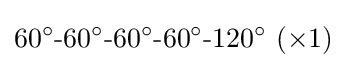
60^{\circ }{\text{-}}60^{\circ }{\text{-}}60^{\circ }{\text{-}}60^{\circ }{\text{-}}120^{\circ }~(\times 1)